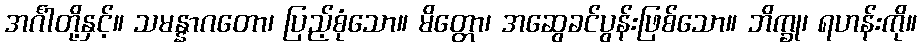
အင်္ဂါတို့နှင့်။ သမန္နာဂတော၊ ပြည့်စုံသော။ မိတ္တော၊ အဆွေခင်ပွန်းဖြစ်သော။ ဘိက္ခု၊ ရဟန်းကို။